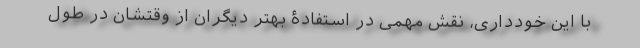
با این خودداری، نقش مهمی در استفادۀ بهتر دیگران از وقتشان در طول